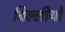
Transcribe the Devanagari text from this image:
बिल्लीयों